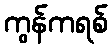
ကွန်ကရစ်